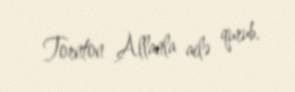
Tornton Allanla ailə qurub.